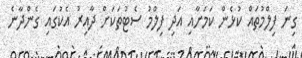
ގިނަ ފިލްމުތައް ކުޅެން ކަމަށާއި އަދި ފިލްމު ސެޓުތަކަށް ދާއިރު އެކުގައި ގެންދާނެ